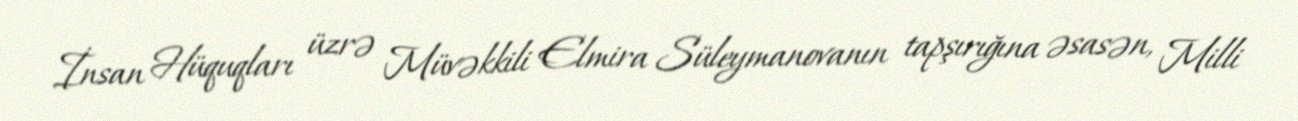
İnsan Hüquqları üzrə Müvəkkili Elmira Süleymanovanın tapşırığına əsasən, Milli